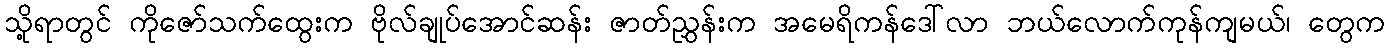
သို့ရာတွင် ကိုဇော်သက်ထွေးက ဗိုလ်ချုပ်အောင်ဆန်း ဇာတ်ညွှန်းက အမေရိကန်ဒေါ်လာ ဘယ်လောက်ကုန်ကျမယ်၊ တွေက